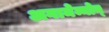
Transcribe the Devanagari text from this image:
अगामेम्नोन्